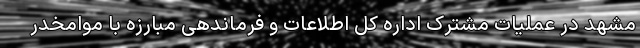
مشهد در عملیات مشترک اداره کل اطلاعات و فرماندهی مبارزه با موامخدر